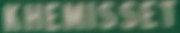
KHEMISSET